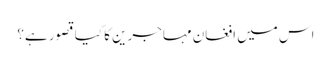
اس میں افغان مہاجرین کا کیا قصور ہے؟